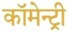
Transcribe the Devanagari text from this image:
कॉमेन्ट्री